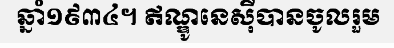
ឆ្នាំ១៩៣៤។ ឥណ្ឌូនេស៊ីបានចូលរួម